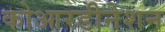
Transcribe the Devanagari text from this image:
कोआरडीनेशन